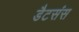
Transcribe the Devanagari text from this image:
डैटसंस